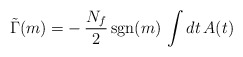
\begin{align*}\tilde\Gamma(m)=-\,\frac{N_f}{2}\,{\rm sgn}(m)\,\int dt\,A(t)\end{align*}